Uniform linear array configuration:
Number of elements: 32
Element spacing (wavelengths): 0.25
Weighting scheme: hamming
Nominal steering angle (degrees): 45
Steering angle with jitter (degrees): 44.22
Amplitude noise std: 0.05
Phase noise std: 0.05

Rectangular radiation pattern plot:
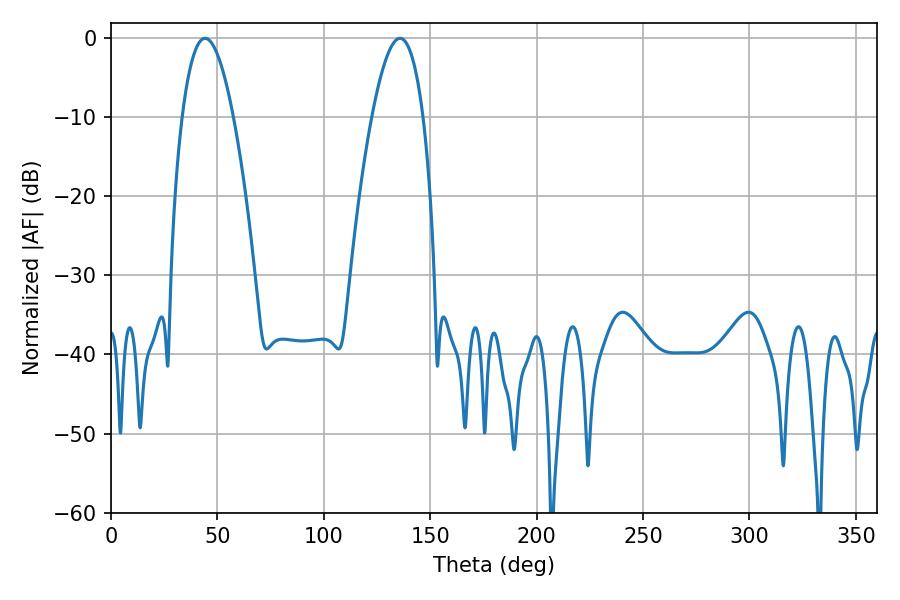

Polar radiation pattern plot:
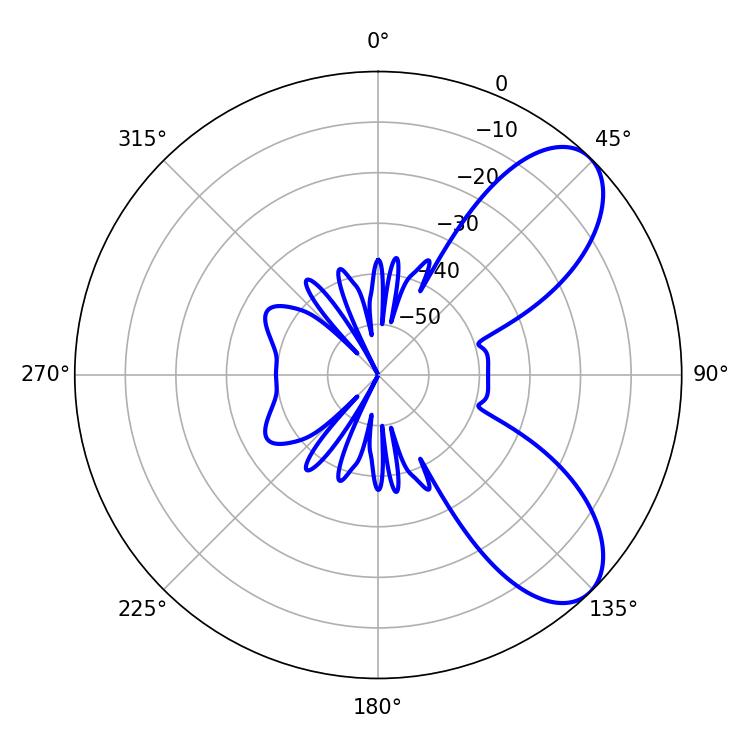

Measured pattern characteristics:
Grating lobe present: FALSE
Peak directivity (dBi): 7.594
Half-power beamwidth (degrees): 13.14
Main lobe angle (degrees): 44.28